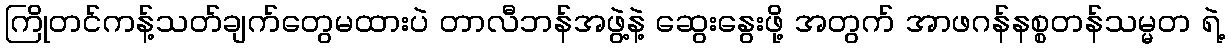
ကြိုတင်ကန့်သတ်ချက်တွေမထားပဲ တာလီဘန်အဖွဲ့နဲ့ ဆွေးနွေးဖို့ အတွက် အာဖဂန်နစ္စတန်သမ္မတ ရဲ့